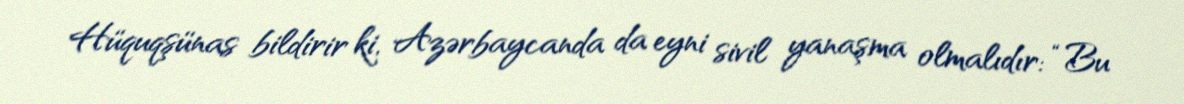
Hüquqşünas bildirir ki, Azərbaycanda da eyni sivil yanaşma olmalıdır: “Bu